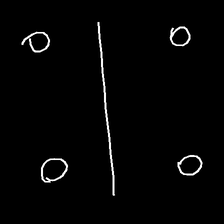
Glyph: cool